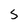
Character: S